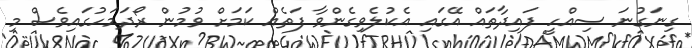
ގިނަގުނަ ސިއްހީ ފައިދާތައް އޭގައި އެކުލެވިގެންވާ ފަތެއް ކަމަށް ވުމުން ރޯދަމަހުގައިވެސް މި